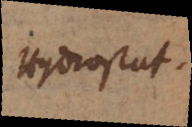
Hydrostat.